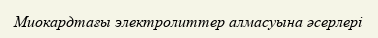
Миокардтағы электролиттер алмасуына əсерлері